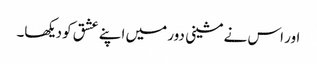
اور اس نے مشینی دور میں اپنے عشق کو دیکھا۔